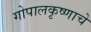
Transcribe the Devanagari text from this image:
गोपालकृष्णाचे